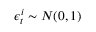
\epsilon _ { t } ^ { i } \sim N ( 0 , 1 )